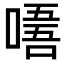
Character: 𠼘